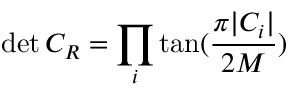
\operatorname * { d e t } { C _ { R } } = \prod _ { i } \tan ( \frac { \pi | C _ { i } | } { 2 M } )